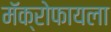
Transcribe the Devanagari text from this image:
मॅक्रोफायला